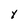
Character: Y